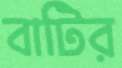
বাটির